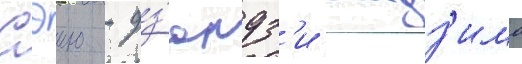
Сэию - дз'юндз'и мадз'има